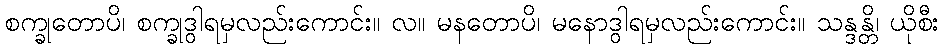
စက္ခုတောပိ၊ စက္ခုဒွါရမှလည်းကောင်း။ လ။ မနတောပိ၊ မနောဒွါရမှလည်းကောင်း။ သန္ဒန္တိ၊ ယိုစီး